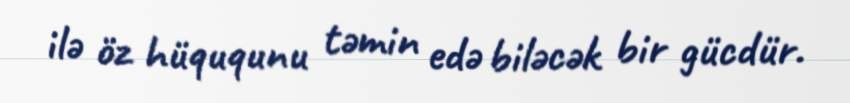
ilə öz hüququnu təmin edə biləcək bir gücdür.